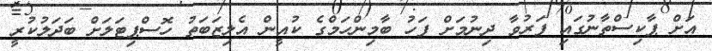
އަށް ޕާކިސްތާނުގައި ފަރުވާ ދިނުމަށް ފަހު ބާމިންހަމްގެ ކުއީން އެލިޒަބަތު ހޮސްޕިޓަލަށް ބަދަލުކުރީ